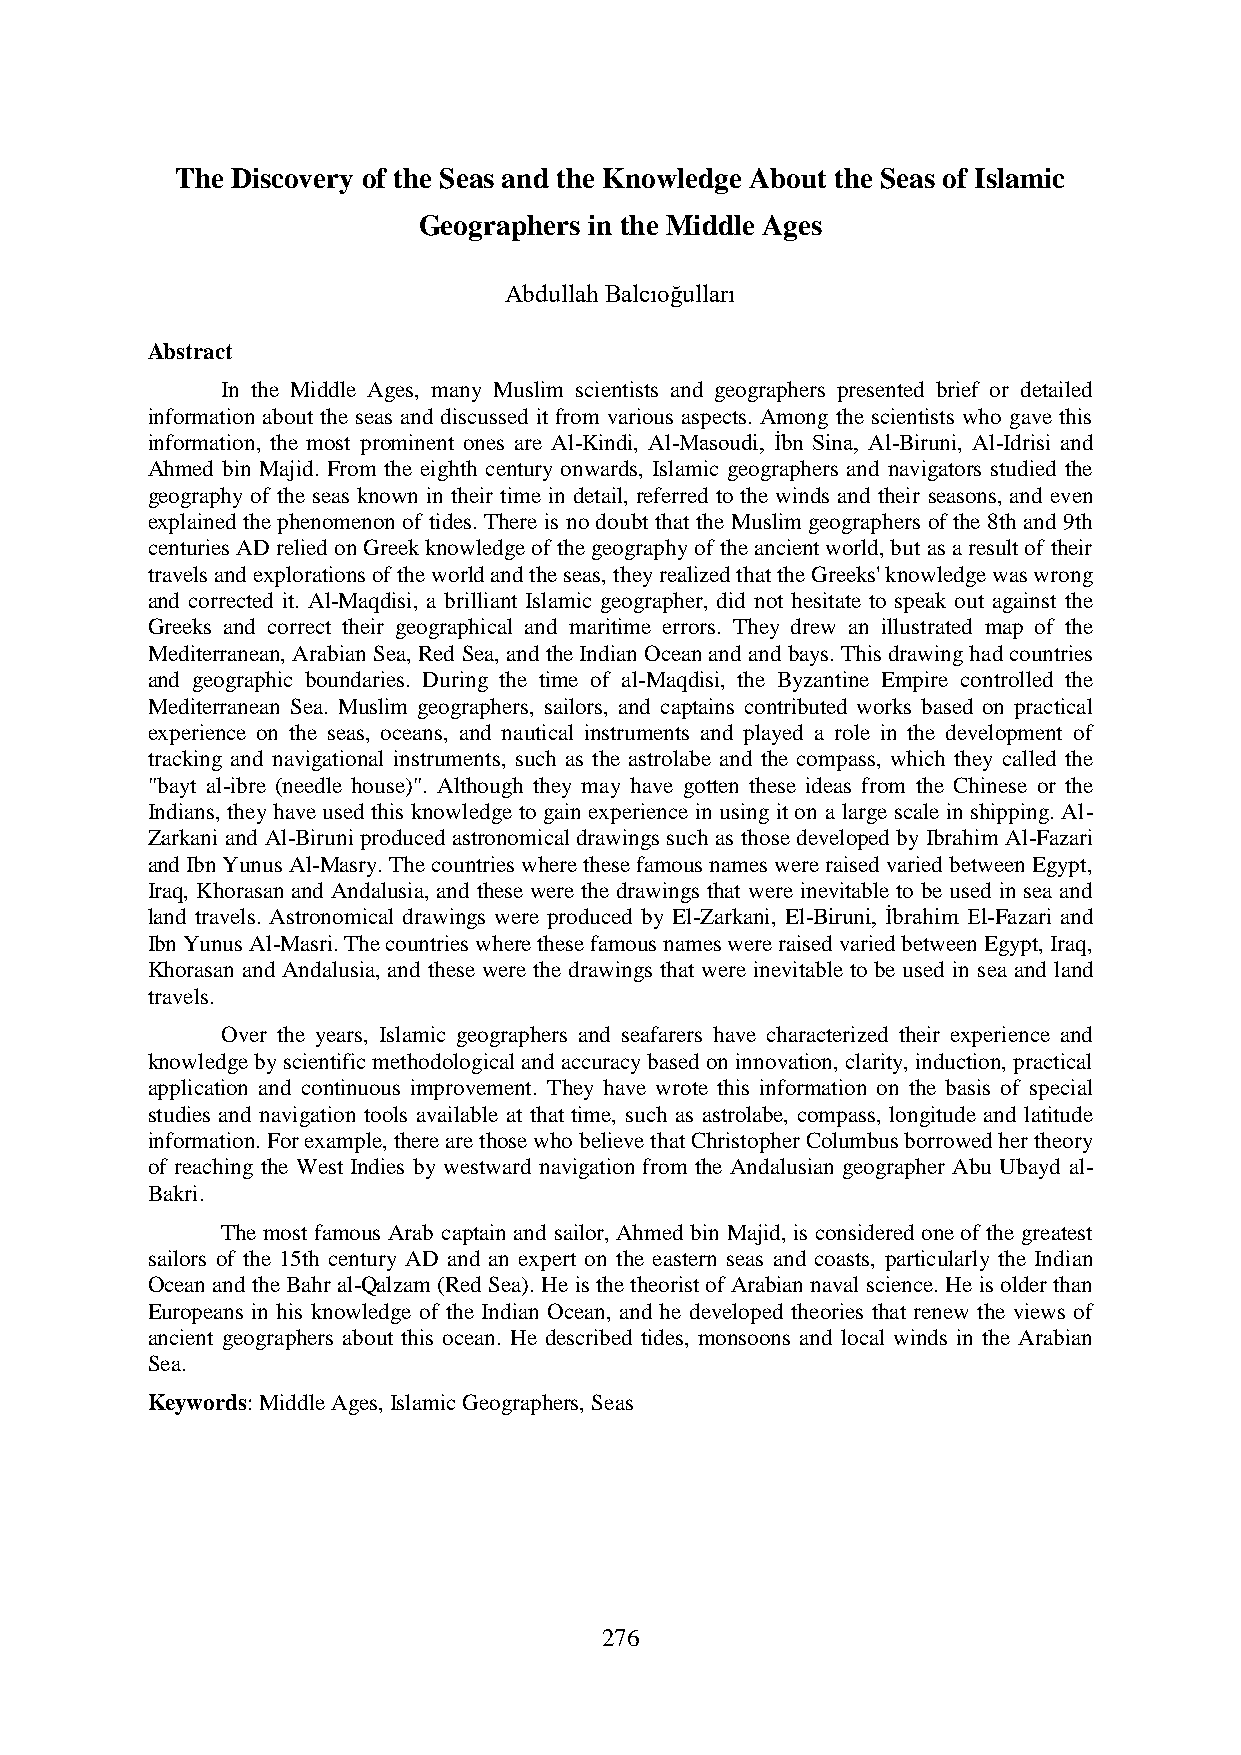
The Discovery of the Seas and the Knowledge About the Seas of Islamic
 Geographers in the Middle Ages
 Abdullah Balcıoğulları
 Abstract
 In the Middle Ages, many Muslim scientists and geographers presented brief or detailed
 information about the seas and discussed it from various aspects. Among the scientists who gave this
 information, the most prominent ones are Al-Kindi, Al-Masoudi, İbn Sina, Al-Biruni, Al-Idrisi and
 Ahmed bin Majid. From the eighth century onwards, Islamic geographers and navigators studied the
 geography of the seas known in their time in detail, referred to the winds and their seasons, and even
 explained the phenomenon of tides. There is no doubt that the Muslim geographers of the 8th and 9th
 centuries AD relied on Greek knowledge of the geography of the ancient world, but as a result of their
 travels and explorations of the world and the seas, they realized that the Greeks' knowledge was wrong
 and corrected it. Al-Maqdisi, a brilliant Islamic geographer, did not hesitate to speak out against the
 Greeks and correct their geographical and maritime errors. They drew an illustrated map of the
 Mediterranean, Arabian Sea, Red Sea, and the Indian Ocean and and bays. This drawing had countries
 and geographic boundaries. During the time of al-Maqdisi, the Byzantine Empire controlled the
 Mediterranean Sea. Muslim geographers, sailors, and captains contributed works based on practical
 experience on the seas, oceans, and nautical instruments and played a role in the development of
 tracking and navigational instruments, such as the astrolabe and the compass, which they called the
 "bayt al-ibre (needle house)". Although they may have gotten these ideas from the Chinese or the
 Indians, they have used this knowledge to gain experience in using it on a large scale in shipping. Al-
 Zarkani and Al-Biruni produced astronomical drawings such as those developed by Ibrahim Al-Fazari
 and Ibn Yunus Al-Masry. The countries where these famous names were raised varied between Egypt,
 Iraq, Khorasan and Andalusia, and these were the drawings that were inevitable to be used in sea and
 land travels. Astronomical drawings were produced by El-Zarkani, El-Biruni, İbrahim El-Fazari and
 Ibn Yunus Al-Masri. The countries where these famous names were raised varied between Egypt, Iraq,
 Khorasan and Andalusia, and these were the drawings that were inevitable to be used in sea and land
 travels.
 Over the years, Islamic geographers and seafarers have characterized their experience and
 knowledge by scientific methodological and accuracy based on innovation, clarity, induction, practical
 application and continuous improvement. They have wrote this information on the basis of special
 studies and navigation tools available at that time, such as astrolabe, compass, longitude and latitude
 information. For example, there are those who believe that Christopher Columbus borrowed her theory
 of reaching the West Indies by westward navigation from the Andalusian geographer Abu Ubayd al-
 Bakri.
 The most famous Arab captain and sailor, Ahmed bin Majid, is considered one of the greatest
 sailors of the 15th century AD and an expert on the eastern seas and coasts, particularly the Indian
 Ocean and the Bahr al-Qalzam (Red Sea). He is the theorist of Arabian naval science. He is older than
 Europeans in his knowledge of the Indian Ocean, and he developed theories that renew the views of
 ancient geographers about this ocean. He described tides, monsoons and local winds in the Arabian
 Sea.
 Keywords: Middle Ages, Islamic Geographers, Seas
 276